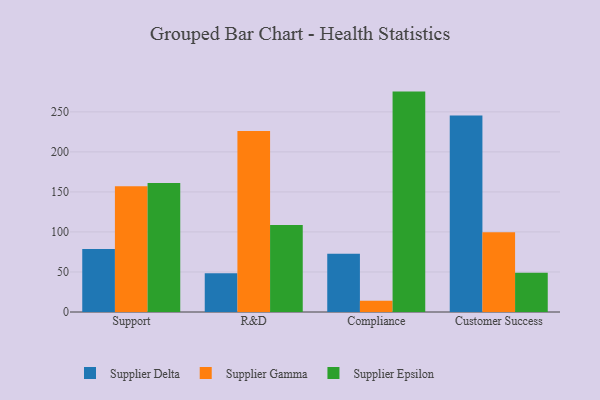
{"axis": {"x": "Department", "y": "Operating Costs (USD K)"}, "legend": ["Supplier Delta", "Supplier Epsilon", "Supplier Gamma"], "data": [{"x": "Support", "y": 78.8, "type": "Supplier Delta"}, {"x": "Support", "y": 157.0, "type": "Supplier Gamma"}, {"x": "Support", "y": 161.0, "type": "Supplier Epsilon"}, {"x": "R&D", "y": 48.4, "type": "Supplier Delta"}, {"x": "R&D", "y": 226.1, "type": "Supplier Gamma"}, {"x": "R&D", "y": 108.6, "type": "Supplier Epsilon"}, {"x": "Compliance", "y": 72.9, "type": "Supplier Delta"}, {"x": "Compliance", "y": 14.1, "type": "Supplier Gamma"}, {"x": "Compliance", "y": 275.3, "type": "Supplier Epsilon"}, {"x": "Customer Success", "y": 245.5, "type": "Supplier Delta"}, {"x": "Customer Success", "y": 99.5, "type": "Supplier Gamma"}, {"x": "Customer Success", "y": 48.9, "type": "Supplier Epsilon"}]}